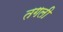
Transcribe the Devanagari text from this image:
तगली